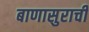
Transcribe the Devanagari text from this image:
बाणासुराची